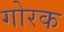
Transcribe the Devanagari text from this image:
गोरक